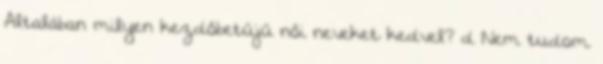
Általában milyen kezdőbetűjű női neveket kedvel? d Nem tudom.